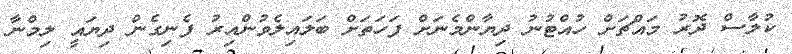
ކުލާސް ދޮރު މައްޗަށް ހުއްޓުނު ދިޔާންމެނަށް ފަހަތަށް ބަލައިލެވުންއިރު ފެނިގެން ދިޔައީ ލިމްނާ